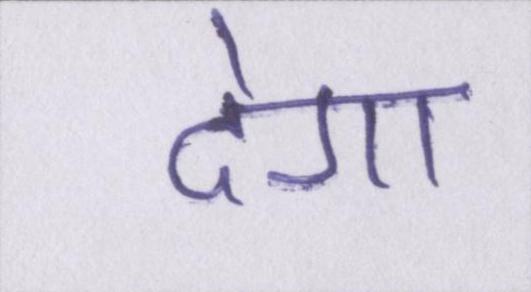
देगा